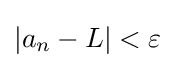
|a_{n}-L|<\varepsilon